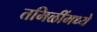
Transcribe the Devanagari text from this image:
तमिळींमध्ये